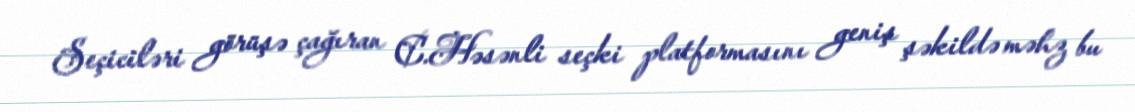
Seçiciləri görüşə çağıran C.Həsənli seçki platformasını geniş şəkildə məhz bu